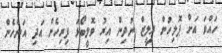
ހައްވަ އަށް ޕޮލިހުން ރިލީޒް ނުދިން އިރު ވޮލީބޯޅަ ފިރިހެން އަދި އަންހެން